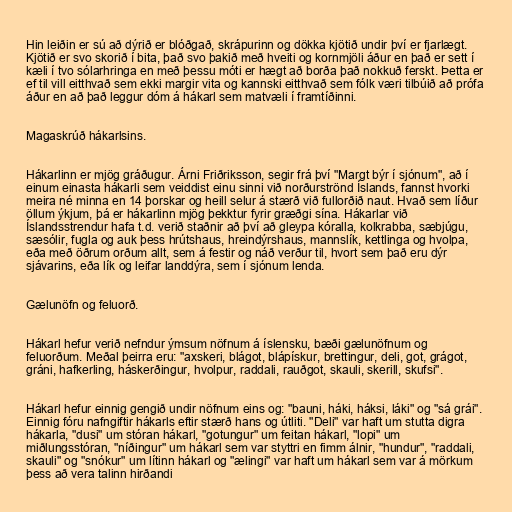
Hin leiðin er sú að dýrið er blóðgað, skrápurinn og dökka kjötið undir því er fjarlægt.
Kjötið er svo skorið í bita, það svo þakið með hveiti og kornmjöli áður en það er sett í
kæli í tvo sólarhringa en með þessu móti er hægt að borða það nokkuð ferskt. Þetta er
ef til vill eitthvað sem ekki margir vita og kannski eitthvað sem fólk væri tilbúið að prófa
áður en að það leggur dóm á hákarl sem matvæli í framtíðinni.

Magaskrúð hákarlsins.

Hákarlinn er mjög gráðugur. Árni Friðriksson, segir frá því "Margt býr í sjónum", að í
einum einasta hákarli sem veiddist einu sinni við norðurströnd Íslands, fannst hvorki
meira né minna en 14 þorskar og heill selur á stærð við fullorðið naut. Hvað sem líður
öllum ýkjum, þá er hákarlinn mjög þekktur fyrir græðgi sína. Hákarlar við
Íslandsstrendur hafa t.d. verið staðnir að því að gleypa kóralla, kolkrabba, sæbjúgu,
sæsólir, fugla og auk þess hrútshaus, hreindýrshaus, mannslík, kettlinga og hvolpa,
eða með öðrum orðum allt, sem á festir og náð verður til, hvort sem það eru dýr
sjávarins, eða lík og leifar landdýra, sem í sjónum lenda.

Gælunöfn og feluorð.

Hákarl hefur verið nefndur ýmsum nöfnum á íslensku, bæði gælunöfnum og
feluorðum. Meðal þeirra eru: "axskeri, blágot, blápískur, brettingur, deli, got, grágot,
gráni, hafkerling, háskerðingur, hvolpur, raddali, rauðgot, skauli, skerill, skufsi".

Hákarl hefur einnig gengið undir nöfnum eins og: "bauni, háki, háksi, láki" og "sá grái".
Einnig fóru nafngiftir hákarls eftir stærð hans og útliti. "Deli" var haft um stutta digra
hákarla, "dusi" um stóran hákarl, "gotungur" um feitan hákarl, "lopi" um
miðlungsstóran, "níðingur" um hákarl sem var styttri en fimm álnir, "hundur", "raddali,
skauli" og "snókur" um lítinn hákarl og "ælingi" var haft um hákarl sem var á mörkum
þess að vera talinn hirðandi